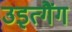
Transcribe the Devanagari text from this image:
उइत्गैंग